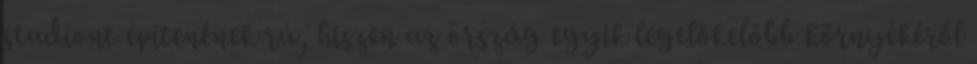
stadiont építenének rá, hiszen az ország egyik legelőkelőbb környékéről